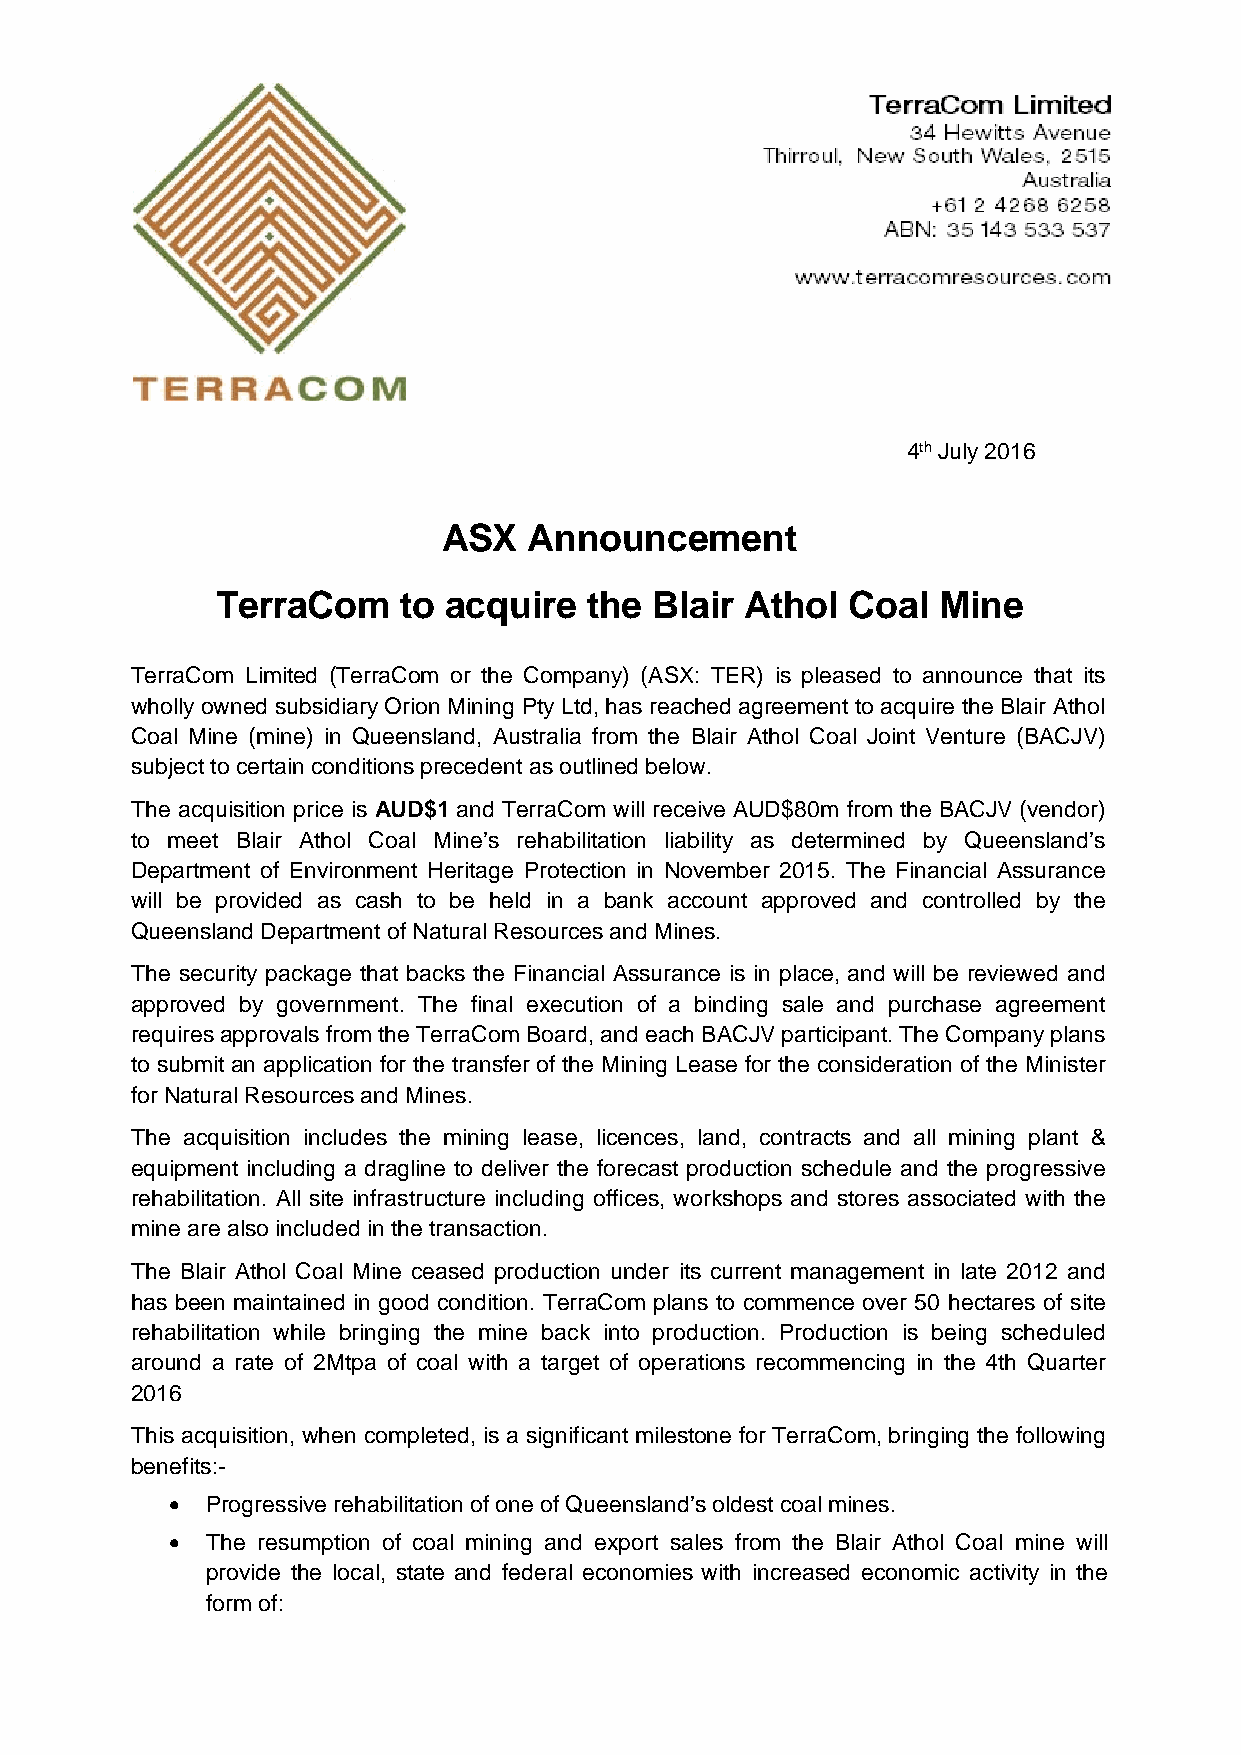
4th July 2016
 ASX   Announcement
 TerraCom     to acquire  the Blair Athol  Coal  Mine
 TerraCom Limited (TerraCom or the Company) (ASX: TER) is pleased to announce that its
 wholly owned subsidiary Orion Mining Pty Ltd, has reached agreement to acquire the Blair Athol
 Coal Mine (mine) in Queensland, Australia from the Blair Athol Coal Joint Venture (BACJV)
 subject to certain conditions precedent as outlined below.
 The acquisition price is AUD$1 and TerraCom will receive AUD$80m from the BACJV (vendor)
 to meet Blair Athol Coal Mine’s rehabilitation liability as determined by Queensland’s
 Department of Environment Heritage Protection in November 2015. The Financial Assurance
 will be provided as cash to be held in a bank account approved and controlled by the
 Queensland Department of Natural Resources and Mines.
 The security package that backs the Financial Assurance is in place, and will be reviewed and
 approved by government. The final execution of a binding sale and purchase agreement
 requires approvals from the TerraCom Board, and each BACJV participant. The Company plans
 to submit an application for the transfer of the Mining Lease for the consideration of the Minister
 for Natural Resources and Mines.
 The acquisition includes the mining lease, licences, land, contracts and all mining plant &
 equipment including a dragline to deliver the forecast production schedule and the progressive
 rehabilitation. All site infrastructure including offices, workshops and stores associated with the
 mine are also included in the transaction.
 The Blair Athol Coal Mine ceased production under its current management in late 2012 and
 has been maintained in good condition. TerraCom plans to commence over 50 hectares of site
 rehabilitation while bringing the mine back into production. Production is being scheduled
 around a rate of 2Mtpa of coal with a target of operations recommencing in the 4th Quarter
 2016
 This acquisition, when completed, is a significant milestone for TerraCom, bringing the following
 benefits:-
   Progressive rehabilitation of one of Queensland’s oldest coal mines.
   The resumption of coal mining and export sales from the Blair Athol Coal mine will
 provide the local, state and federal economies with increased economic activity in the
 form of: